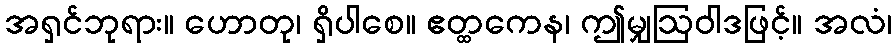
အရှင်ဘုရား။ ဟောတု၊ ရှိပါစေ။ ဧတ္ထကေန၊ ဤမျှဩဝါဒဖြင့်။ အလံ၊